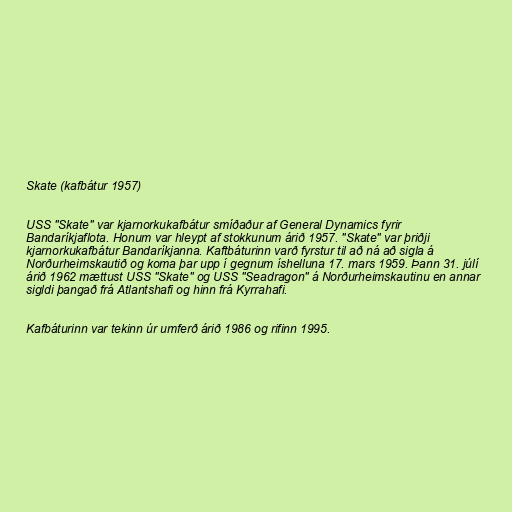
Skate (kafbátur 1957)

USS "Skate" var kjarnorkukafbátur smíðaður af General Dynamics fyrir
Bandaríkjaflota. Honum var hleypt af stokkunum árið 1957. "Skate" var þriðji
kjarnorkukafbátur Bandaríkjanna. Kaftbáturinn varð fyrstur til að ná að sigla á
Norðurheimskautið og koma þar upp í gegnum íshelluna 17. mars 1959. Þann 31. júlí
árið 1962 mættust USS "Skate" og USS "Seadragon" á Norðurheimskautinu en annar
sigldi þangað frá Atlantshafi og hinn frá Kyrrahafi.

Kafbáturinn var tekinn úr umferð árið 1986 og rifinn 1995.